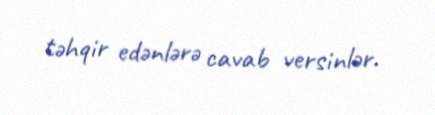
təhqir edənlərə cavab versinlər.